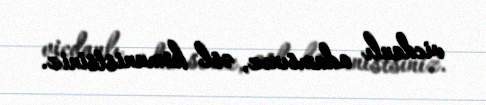
vicdanlı adamsınız, əsl komunistsiniz.